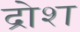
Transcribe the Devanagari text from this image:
द्रोश